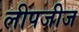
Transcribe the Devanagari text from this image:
लीपजीज